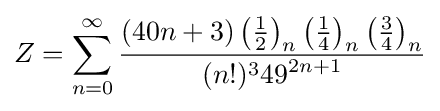
Z=\sum _{n=0}^{\infty }{\frac {(40n+3)\left({\frac {1}{2}}\right)_{n}\left({\frac {1}{4}}\right)_{n}\left({\frac {3}{4}}\right)_{n}}{(n!)^{3}{49}^{2n+1}}}